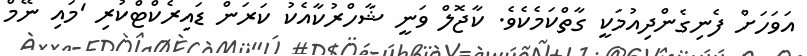
އަވަހަށް ފެނިގެންދިއުމަކީ ގާތްކަމެކެވެ. ކާޖޮލް ވަނީ ޝާހްރުކާއެކު ކަރަން ޑައިރެކްޓްކުރި 'މައި ނޭމް